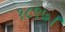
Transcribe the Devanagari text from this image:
१८९७।